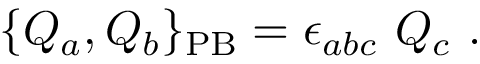
\{ Q _ { a } , Q _ { b } \} _ { \mathrm { P B } } = \epsilon _ { a b c } \ Q _ { c } \ .